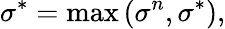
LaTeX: \sigma^{*}=\operatorname*{max}\left(\sigma^{n},\sigma^{*}\right),